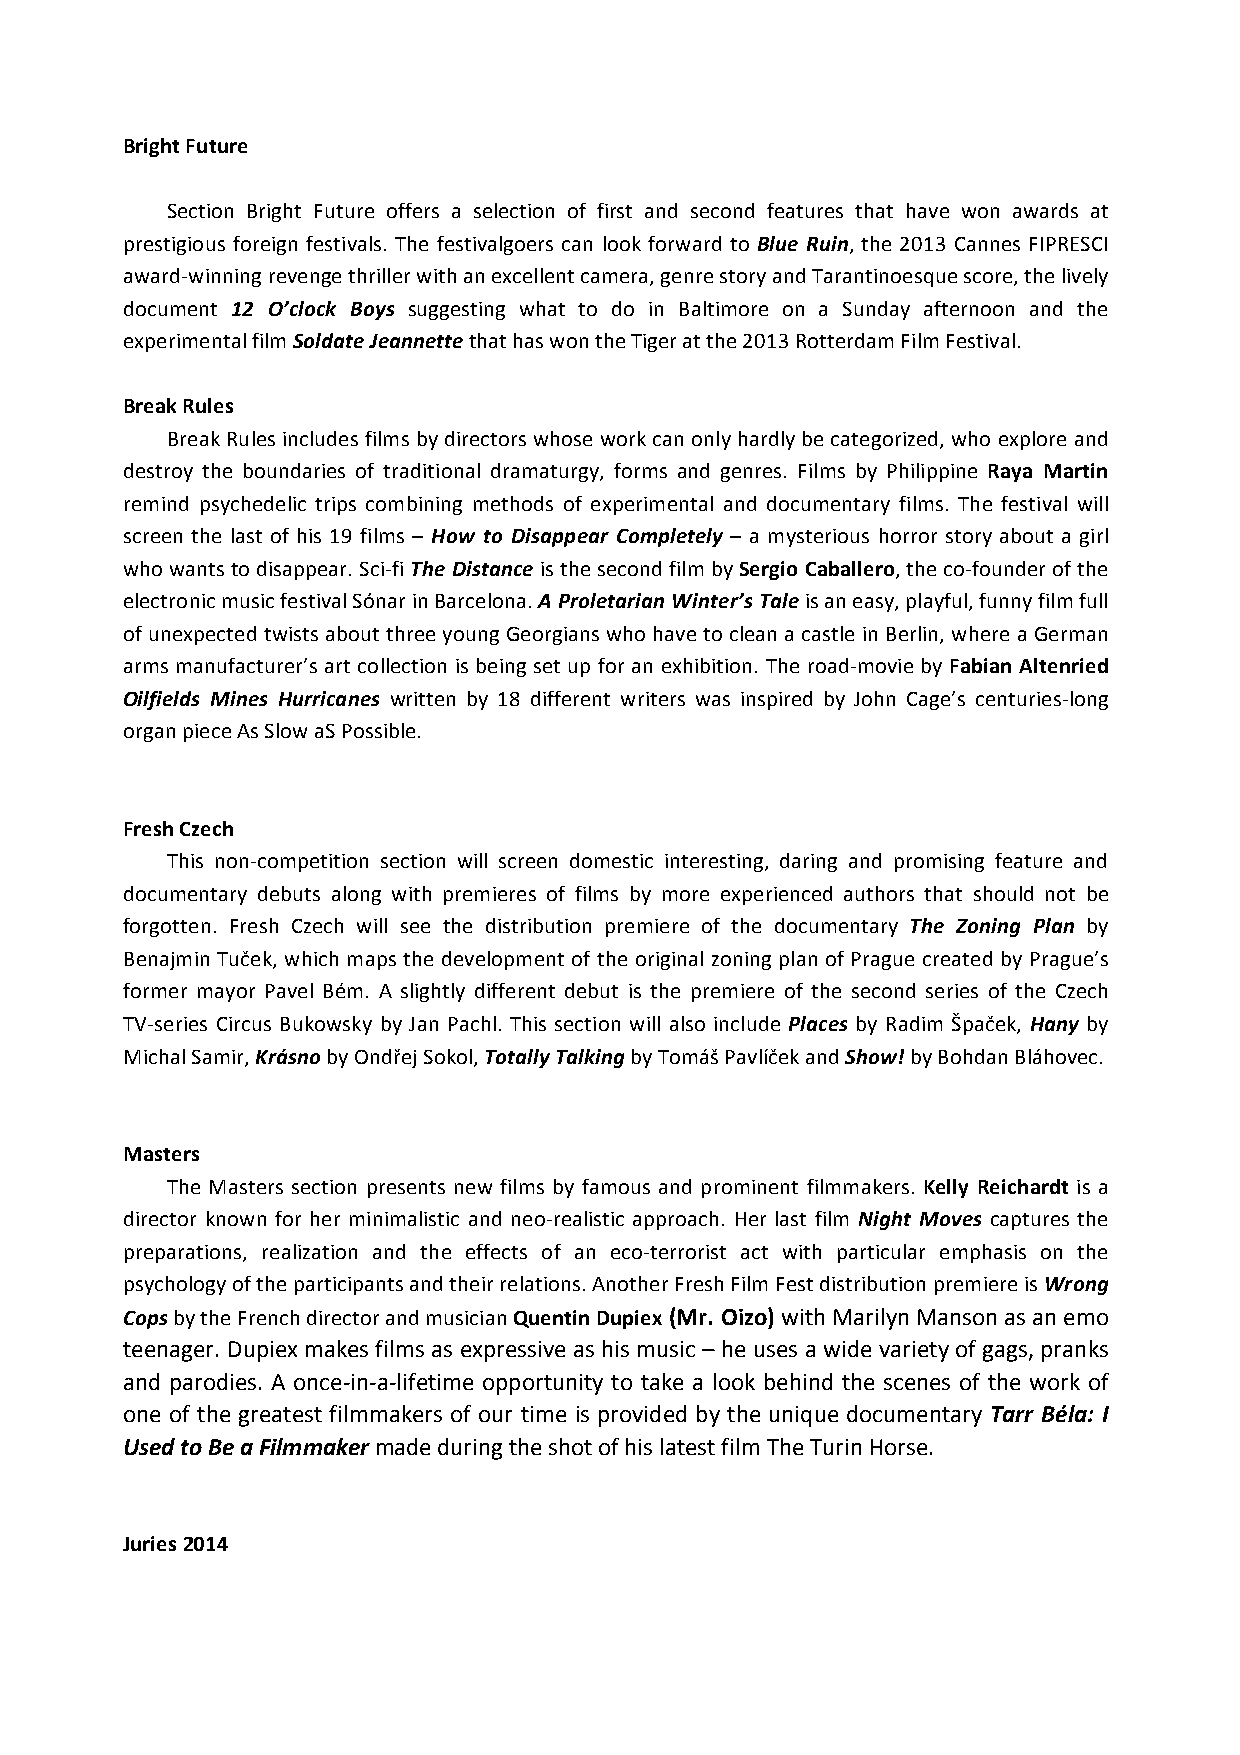
Bright Future
 Section Bright Future offers a selection of first and second features that have won awards at
 prestigious foreign festivals. The festivalgoers can look forward to Blue Ruin, the 2013 Cannes FIPRESCI
 award-­‐winning revenge thriller with an excellent camera, genre story and Tarantinoesque score, the lively
 document 12 O’clock Boys suggesting what to do in Baltimore on a Sunday afternoon and the
 experimental film Soldate Jeannette that has won the Tiger at the 2013 Rotterdam Film Festival.
 Break Rules
 Break Rules includes films by directors whose work can only hardly be categorized, who explore and
 destroy the boundaries of traditional dramaturgy, forms and genres. Films by Philippine Raya Martin
 remind psychedelic trips combining methods of experimental and documentary films. The festival will
 screen the last of his 19 films – How to Disappear Completely – a mysterious horror story about a girl
 who wants to disappear. Sci-­‐fi The Distance is the second film by Sergio Caballero, the co-­‐founder of the
 electronic music festival Sónar in Barcelona. A Proletarian Winter’s Tale is an easy, playful, funny film full
 of unexpected twists about three young Georgians who have to clean a castle in Berlin, where a German
 arms manufacturer’s art collection is being set up for an exhibition. The road-­‐movie by Fabian Altenried
 Oilfields Mines Hurricanes written by 18 different writers was inspired by John Cage’s centuries-­‐long
 organ piece As Slow aS Possible.
 Fresh Czech
 This non-­‐competition section will screen domestic interesting, daring and promising feature and
 documentary debuts along with premieres of films by more experienced authors that should not be
 forgotten. Fresh Czech will see the distribution premiere of the documentary The Zoning Plan by
 Benajmin Tuček, which maps the development of the original zoning plan of Prague created by Prague’s
 former mayor Pavel Bém. A slightly different debut is the premiere of the second series of the Czech
 TV-­‐series Circus Bukowsky by Jan Pachl. This section will also include Places by Radim Špaček, Hany by
 Michal Samir, Krásno by Ondřej Sokol, Totally Talking by Tomáš Pavlíček and Show! by Bohdan Bláhovec.
 Masters
 The Masters section presents new films by famous and prominent filmmakers. Kelly Reichardt is a
 director known for her minimalistic and neo-­‐realistic approach. Her last film Night Moves captures the
 preparations, realization and the effects of an eco-­‐terrorist act with particular emphasis on the
 psychology of the participants and their relations. Another Fresh Film Fest distribution premiere is Wrong
 Cops by the French director and musician Quentin Dupiex (Mr. Oizo) with Marilyn Manson as an emo
 teenager. Dupiex makes films as expressive as his music – he uses a wide variety of gags, pranks
 and parodies. A once-­‐in-­‐a-­‐lifetime opportunity to take a look behind the scenes of the work of
 one of the greatest filmmakers of our time is provided by the unique documentary Tarr Béla: I
 Used to Be a Filmmaker made during the shot of his latest film The Turin Horse.
 Juries 2014